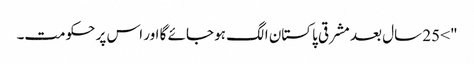
"> 25 سال بعد مشرقی پاکستان الگ ہو جائے گا اور اس پر حکومت۔